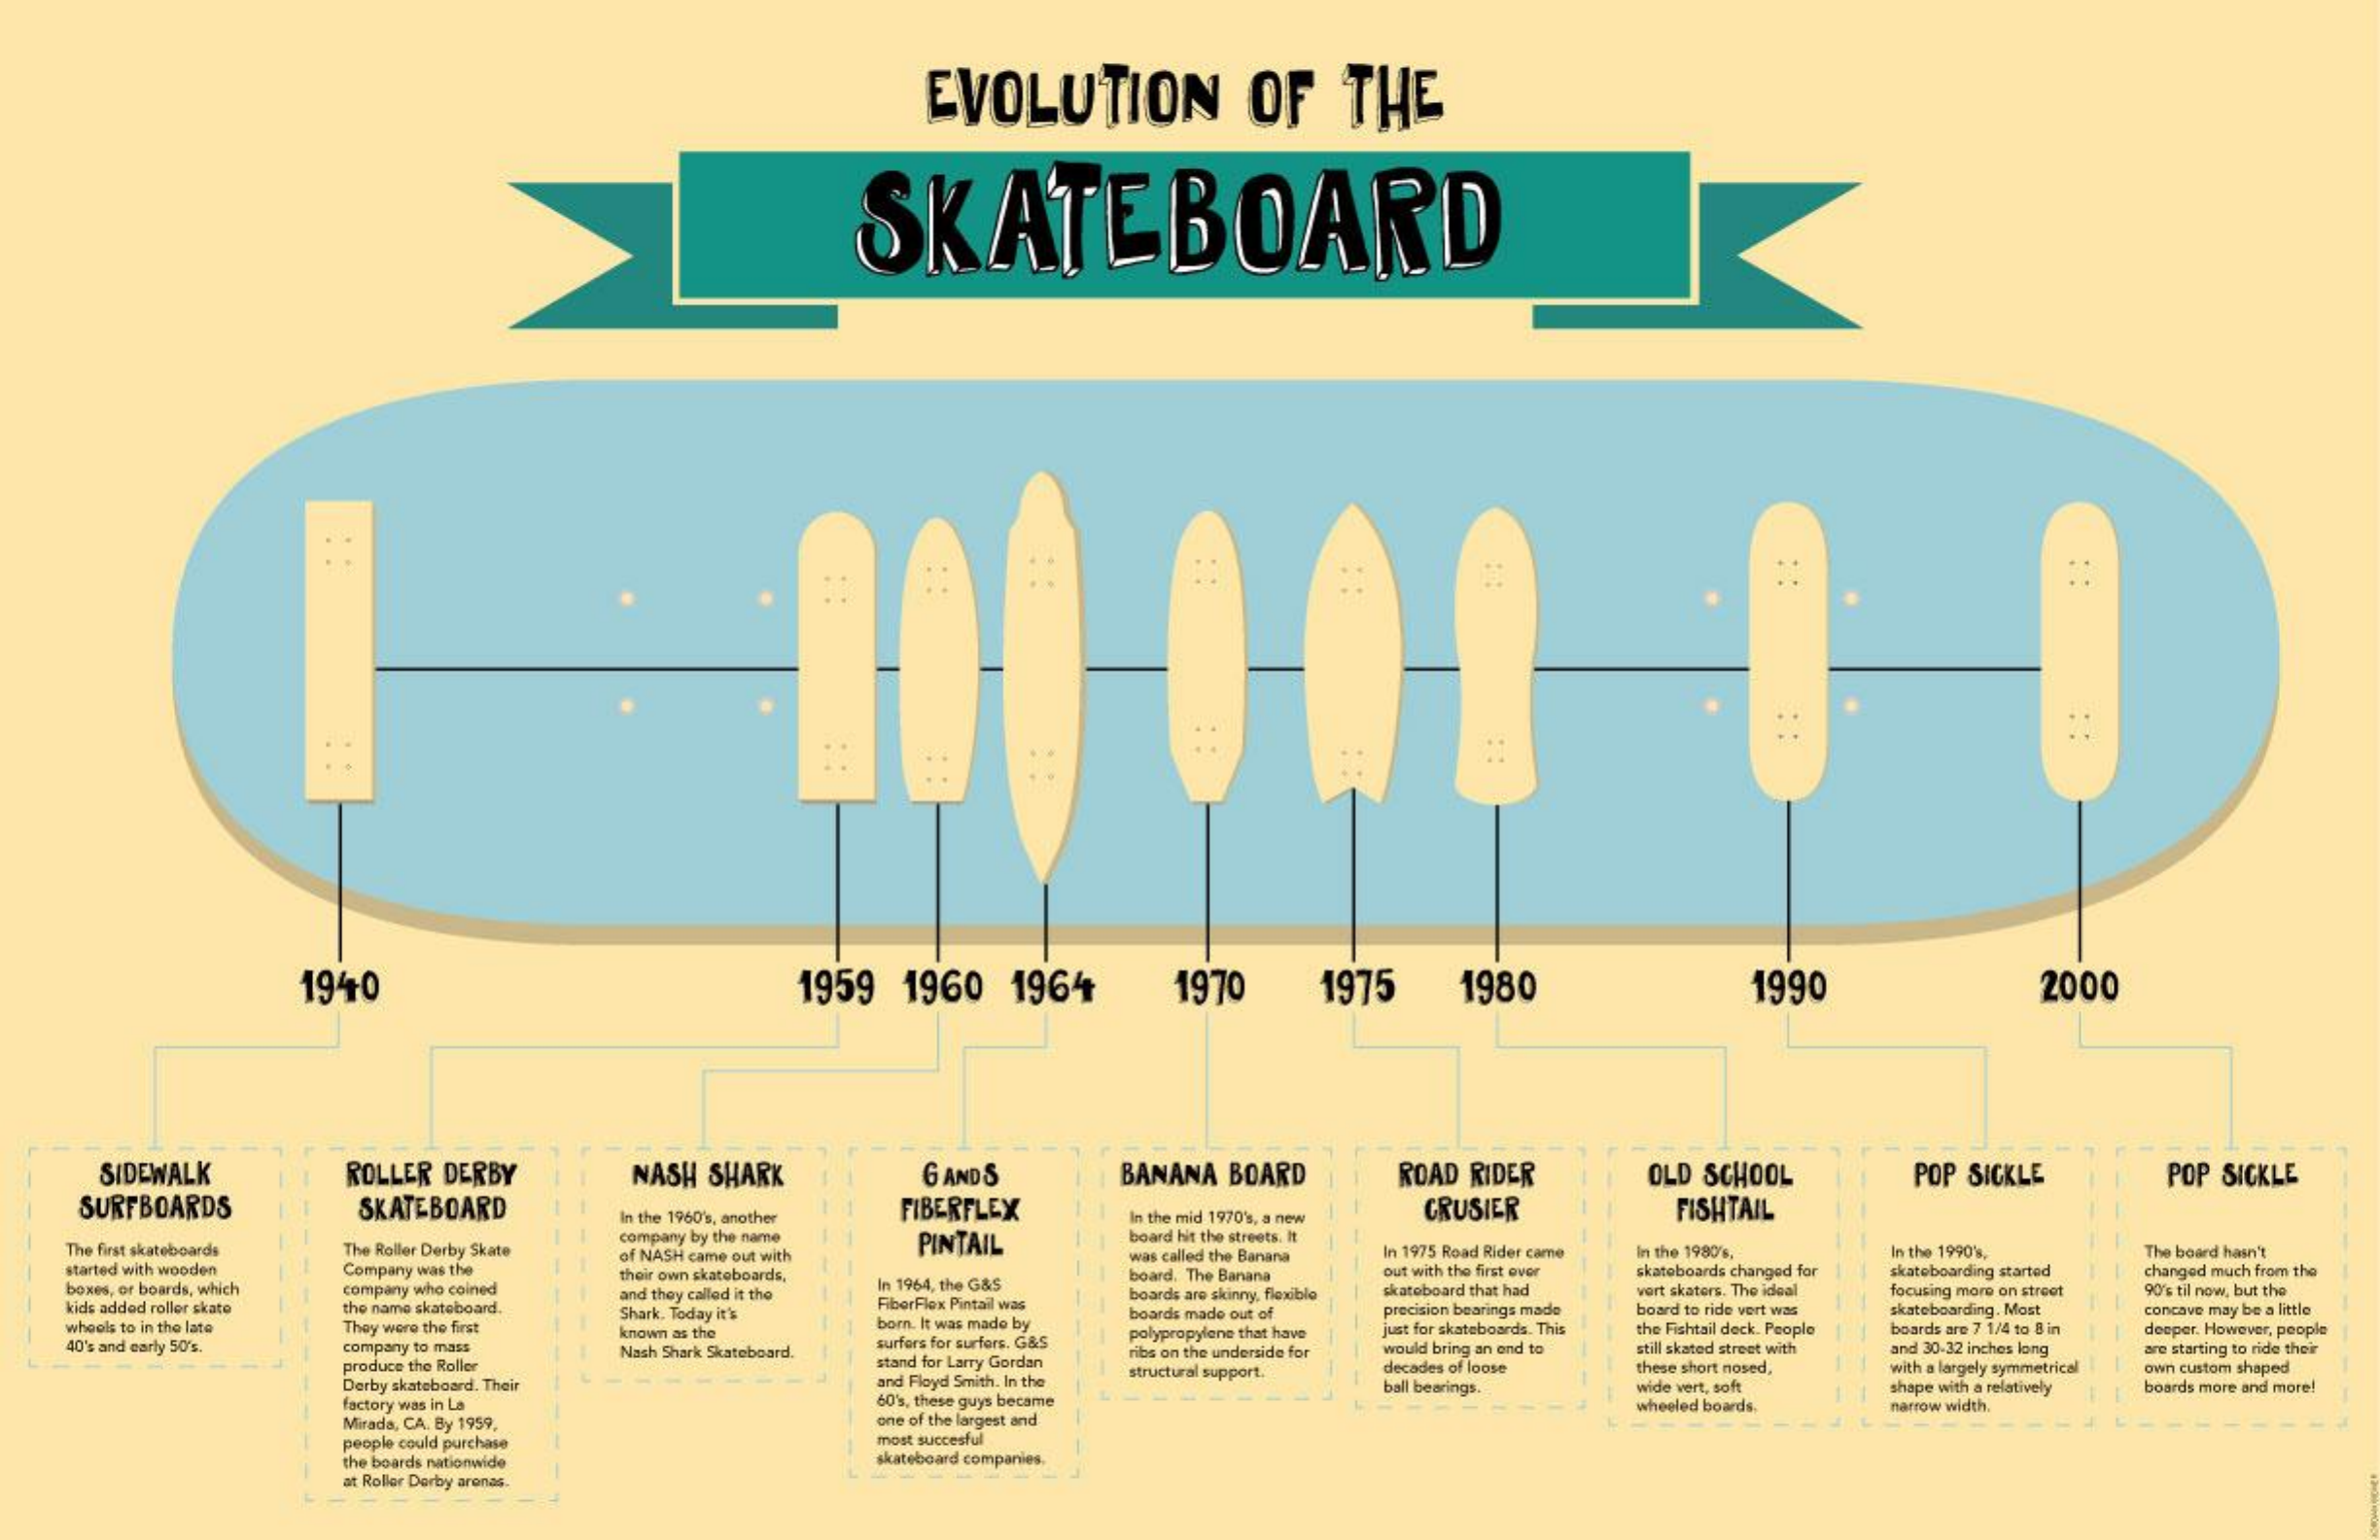
EVOLUTION    OF    THE
     SKATEBOARD
     . .
     1940    1959  1960   1964    1970    1975    1980    1990    2000
     SIDEWALK    ROLLER DERBY    NASH SHARK    6 AND S    BANANA BOARD    ROAD RIDER    OLD SCHOOL    POP SICKLE    POP SICKLE
     SURFBOARDS    SKATEBOARD    In the 1960's, another
     FIBERFLEX
     In the mid 1970's, a new
     CRUSIER    FISHTAIL
     The first skateboards The Roller Derby Skate
     company by the name
     of NASH came out with
     PINTAIL    board hit the streets. It
     was called the Banana In 1975 Road Rider came In the 1980's. In the 1990%, The board hasn't
     started with wooden Company was the
     boxes, or boards, which company who coined
     their own skateboards.    board. The Banana out with the first over
     and they called it the
     In 1964, the G&S
     kids added roller skate the name skateboard.    FiberFlex Pintail was
     boards are skinny, flexible skateboard that had
     skateboards changed for skateboarding started changed much from the
     vort skaters. The ideal focusing more on street 90's til now, but the
     whools to in the late They were the first
     Shark. Today it's
     born. It was made by
     boards made out of precision bearings made board to ride vert was
     the Fishtail deck. People
     skateboarding. Most
     boards are 7 1/4 to 8 in
     concave may be a little
     40's and early 50's. company to mass
     known as the
     Nash Shark Skateboard.
     surfers for surfers. G&S polypropylene that have just for skateboards. This    deeper. However, people
     produce the Roller    stand for Larry Gordan ribs on the underside for would bring an end to still skated street with and 30-32 inches long
     Derby skateboard. Their    and Floyd Smith. In the structural support. decades of loose these short nosed, with a largely symmetrical
     are starting to ride their
     own custom shaped
     60's, these guys became
     ball bearings.
     factory was in La
     wide vert, soft
     wheeled boards,
     shape with a relatively boards more and more!
     Mirada, CA. By 1959,    one of the largest and
     narrow width.
     people could purchase    most succesful
     the boards nationwide    skateboard companies.
     at Roller Derby aronas.